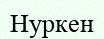
Нуркен